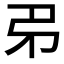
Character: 𢎱